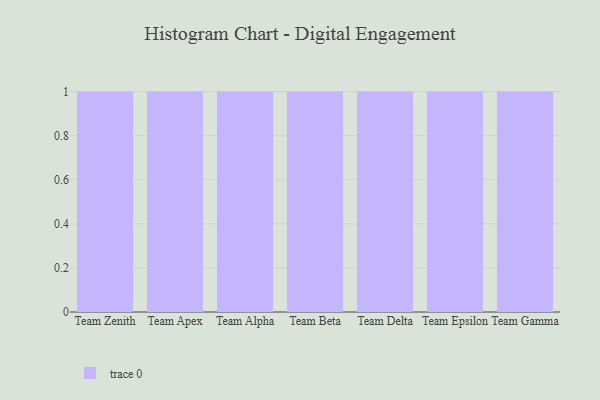
{"axis": {"x": "Team", "y": "Churn Rate (%)"}, "legend": [""], "data": [{"x": "Team Zenith", "y": 69, "type": ""}, {"x": "Team Apex", "y": 7, "type": ""}, {"x": "Team Alpha", "y": 39, "type": ""}, {"x": "Team Beta", "y": 40, "type": ""}, {"x": "Team Delta", "y": 48, "type": ""}, {"x": "Team Epsilon", "y": 14, "type": ""}, {"x": "Team Gamma", "y": 78, "type": ""}]}